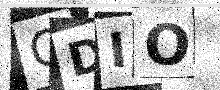
Text: GDIO